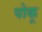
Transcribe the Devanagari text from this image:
पोकू